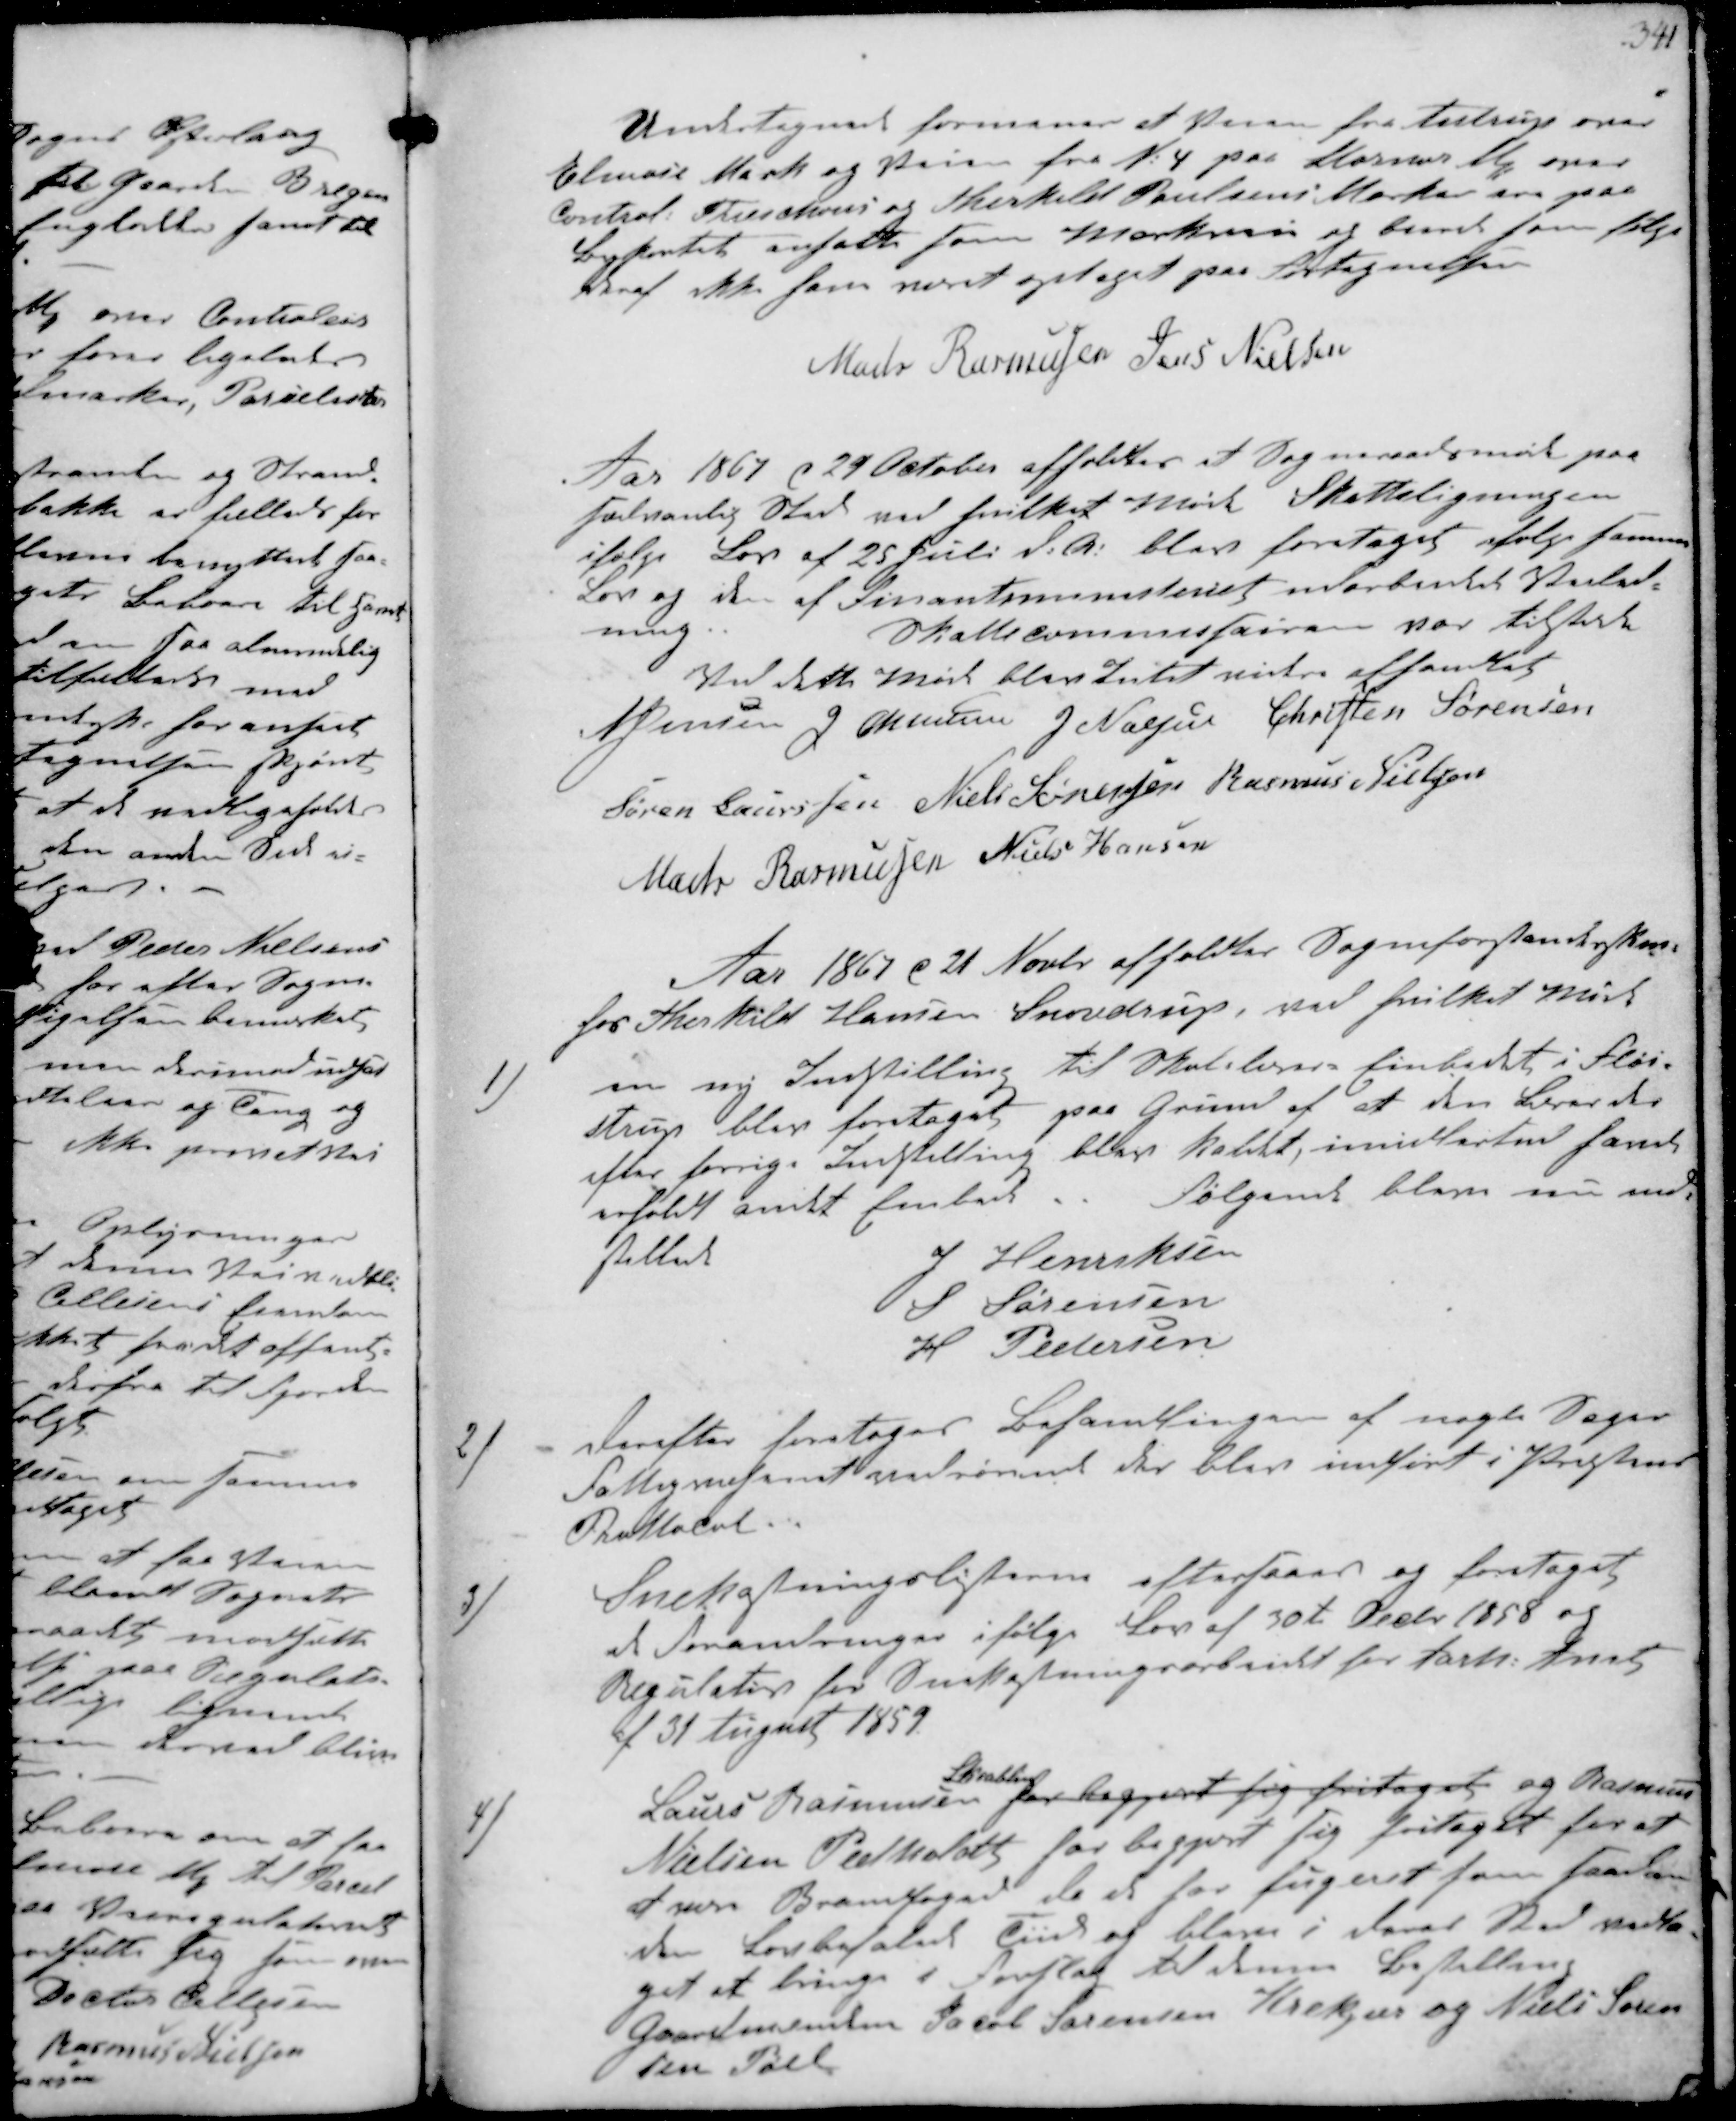
Transskription:
Undertegnede formener at Veien fra Aistrup over
Elmose Mark og Veien fra N 4 paa Storenor ₻ og over
Control Treschov og Therkild Poulsens Marker er paa
Bykortet ansatte som Markvej og burde som følge
deraf ikke have været optaget paa Fortegnelsen
Mads Rasmussen Jens Nielsen

Aar 1867 d. 29 October afholdtes et Sogneraadsmøde paa
sædvanlig Sted ved hvilket Møde Skatteligningen
ifølge Lov af 25 Juli d.A. blev foretaget ifølge samme
Lov og et af Finantsministeriet udarbeidet Vejled-
ning.
Skattekommissairen var tilstede
Ved dette Møde blev Intet videre afhandlet
N Jensen J Christensen J Nielsen Christen Sørensen
Søren Laursen Niels Sørensen Rasmus Nielsen
Mads Rasmusen Niels Hansen

Aar 1867 d 21 Novbr afholdtes Sogneforstanderska-
hos Therkild Hansen Snovdrup, ved hvilket Møde
1/
en ny Indstilling til Skolelærer Embedet i Fløi-
strup blev foretaget paa Grund af at den Lærer der
efter forrige Indstilling blev kaldet, imidlertid havde
erholdt andet Embede
Følgende bleve nu ind-
stillede
J Henriksen
S Sørensen
H Pedersen
2/
Derefter foretoges Behandlingen af nogle Sager
Fattigvæsenet vedrørende der blev indført i Præstens
Pruttocol
3/
Snekastningslisterne eftersaaes og foretaget
de Forandringer ifølge Lov af 30te Decbr 1858 og
Regulativ for Snekastningsarbeidet for Aarh Amt
af 31 August 1859
4/
Laurs Rasmussen
Skaabling
har begæret sig fritaget og Rasmus
Nielsen Pedholdt har begjæret sig fritaget for at
være Brandfoged da de har fungeret som saadan
den lovbefaledet Tid og bliver i deres Sted vedta-
get at bringe i Forslag til denne Bestilling
Gaardmanden Jacob Sørensen Krekjær og Niels Søren-
sen Pøel